Vaccine operations Central Provinces & Berar 1922-1929 - 1922-1929
Year: 1922
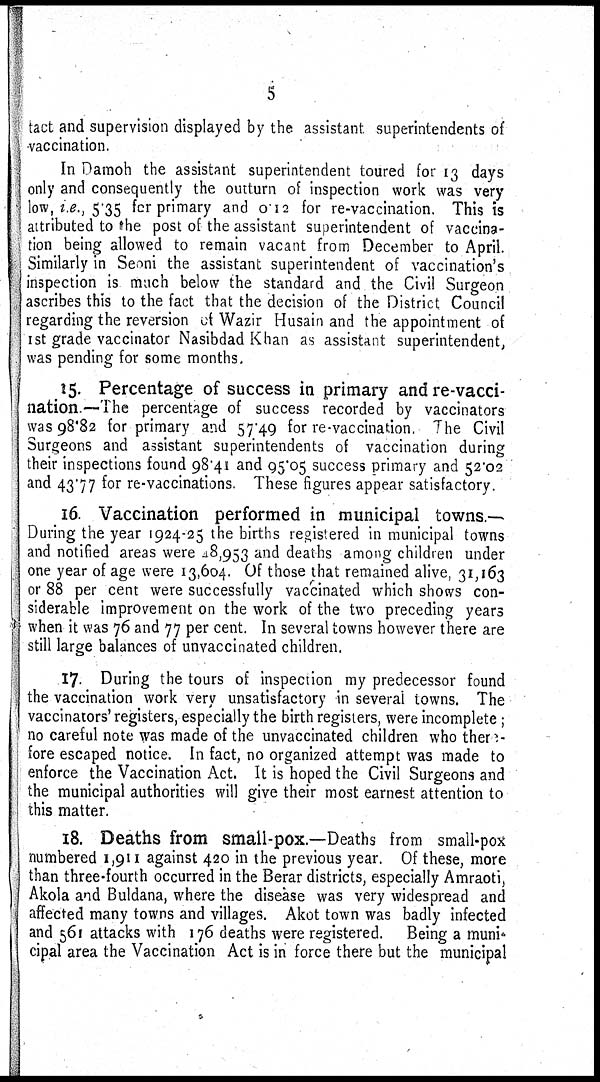
5
tact and supervision displayed by the assistant superintendents of
vaccination.
In Damoh the assistant superintendent toured for 13 days
only and consequently the outturn of inspection work was very
low, i.e., 5.35 for primary and 0.12 for re-vaccination. This is
attributed to the post of the assistant superintendent of vaccina-
tion being allowed to remain vacant from December to April.
Similarly in Seoni the assistant superintendent of vaccination's
inspection is much below the standard and the Civil Surgeon
ascribes this to the fact that the decision of the District Council
regarding the reversion of Wazir Husain and the appointment of
1st grade vaccinator Nasibdad Khan as assistant superintendent,
was pending for some months.
15. Percentage of success in primary and re-vacci-
nation.—The percentage of success recorded by vaccinators
was 98.82 for primary and 57.49 for re-vaccination. The Civil
Surgeons and assistant superintendents of vaccination during
their inspections found 98.41 and 95.05 success primary and 52.02
and 43.77 for re-vaccinations. These figures appear satisfactory.
16. Vaccination performed in municipal towns.—
During the year 1924-25 the births registered in municipal towns
and notified areas were 48,953 and deaths among children under
one year of age were 13,604. Of those that remained alive, 31,163
or 88 per cent were successfully vaccinated which shows con-
siderable improvement on the work of the two preceding years
when it was 76 and 77 per cent. In several towns however there are
still large balances of unvaccinated children.
17. During the tours of inspection my predecessor found
the vaccination work very unsatisfactory in several towns. The
vaccinators' registers, especially the birth registers, were incomplete;
no careful note was made of the unvaccinated children who there-
fore escaped notice. In fact, no organized attempt was made to
enforce the Vaccination Act. It is hoped the Civil Surgeons and
the municipal authorities will give their most earnest attention to
this matter.
18. Deaths from small-pox.—Deaths from small-pox
numbered 1,911 against 420 in the previous year. Of these, more
than three-fourth occurred in the Berar districts, especially Amraoti,
Akola and Buldana, where the disease was very widespread and
affected many towns and villages. Akot town was badly infected
and 561 attacks with 176 deaths were registered. Being a muni¬
cipal area the Vaccination Act is in force there but the municipal